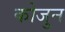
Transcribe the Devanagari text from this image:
कोजुन